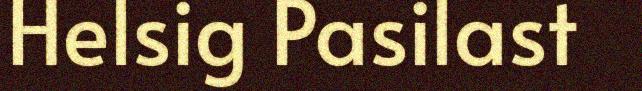
Helsig Pasilast